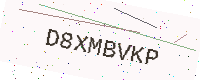
Text: D8XMBVKP